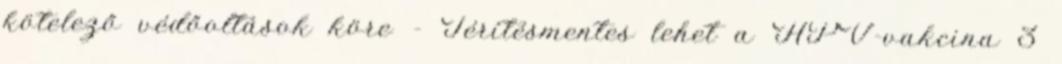
kötelező védőoltások köre - Térítésmentes lehet a HPV-vakcina 3